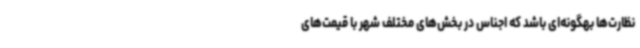
نظارت‌ها بهگونه‌ای باشد که اجناس در بخش‌های مختلف شهر با قیمت‌های